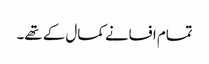
تمام افسانے کمال کے تھے۔